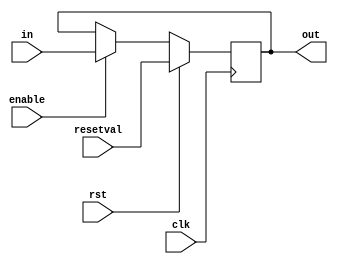

module updatereg(in,enable,rst,resetval,clk,out);
parameter width = 64;
output reg [width-1:0] out;
input wire [width-1:0] in,resetval;
input wire enable,rst,clk;


always @(posedge clk)
begin
	if (rst)
		out <= resetval;
	else if (enable)
		out <= in;
end

endmodule